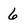
Character: 6